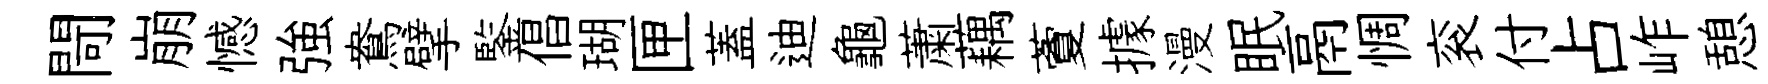
閜崩憾強鴦擘鍳倡瑚匣蓋迪龜䔥藕藑據漫眠鬲惆衮付占岞憩